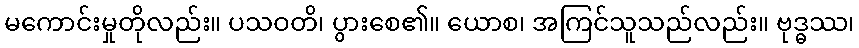
မကောင်းမှုတိုလည်း။ ပသဝတိ၊ ပွားစေ၏။ ယောစ၊ အကြင်သူသည်လည်း။ ဗုဒ္ဓဿ၊